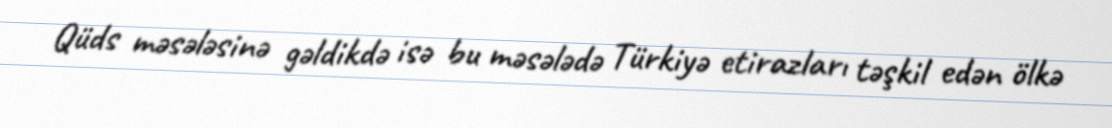
Qüds məsələsinə gəldikdə isə bu məsələdə Türkiyə etirazları təşkil edən ölkə